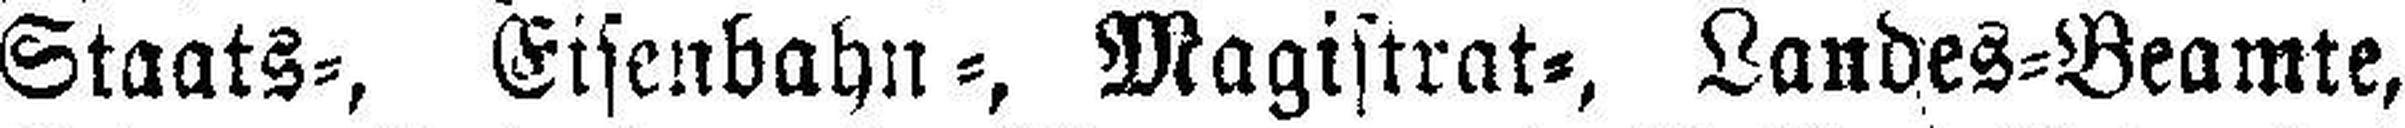
Staats=, Eisenbahn=, Magistrat=, Landes=Beamte,